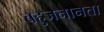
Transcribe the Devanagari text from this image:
बहुजनानता